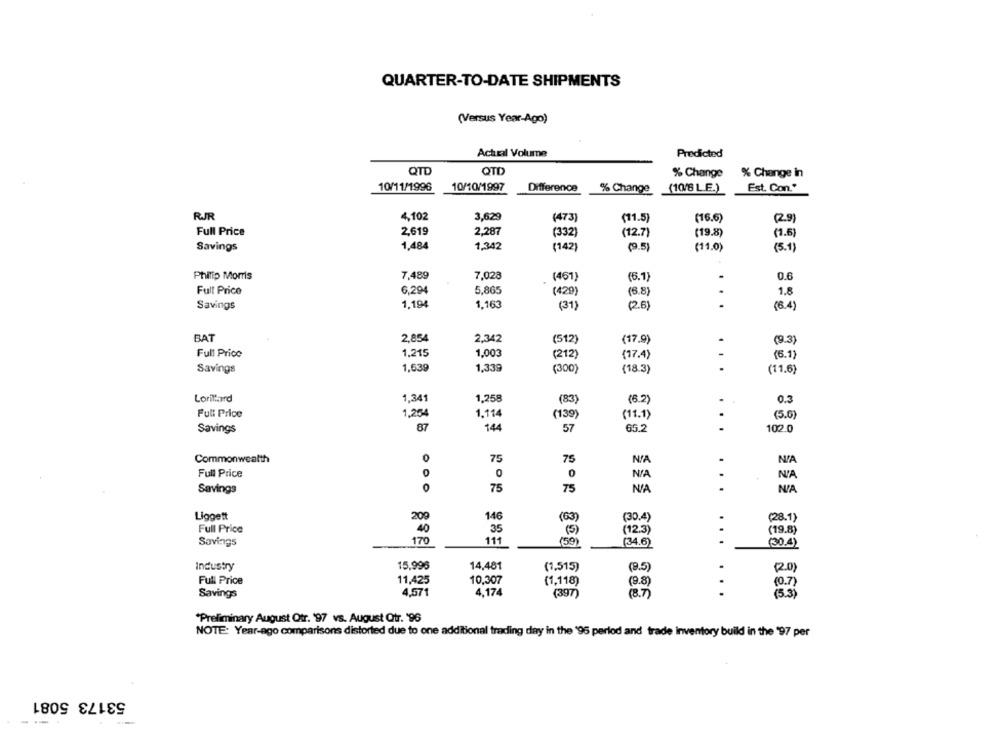
QUARTER-TO-DATE SHIPMENTS
(Versus Year-Ago)
Actual Volume
Predicted
QTD
QTD
% Change
% Change in
10/11/1996
10/10/1997
Difference
% Change
(10/8 L.E.)
Est. Con."
RIR
4,102
3,629
(473)
(11.5)
(16.6)
(2.9)
Full Price
2,619
2,287
(332)
(12.7)
(19.8)
(1.6)
Savings
1,484
1,342
(142)
(9.5)
(11.0)
(5.1)
Philip Morris
7,489
7,028
0.6
(461)
(6.1)
Full Price
6.294
5,865
1.8
(429)
(6.8)
. .
1,194
1.163
Savings
(31)
(2.6
(6.4)
BAT
2,854
2,342
(512)
(17.9)
(9.3)
Full Price
1.215
1.003
(212)
(17.4)
(6.1)
Savings
1,639
1,339
(300)
(18.3)
. ..
(11.6)
Lorittard
1,341
1.258
(83)
(6.2)
0.3
Full Price
1,254
1.114
(139)
(11.1)
(5.6)
Savings
87
144
57
65.2
102.0
Commonwealth
0
75
75
Full Price
0
0
0
..
N'A
Savings
0
75
75
NA
Liggett
209
146
(63)
(30.4)
(28.1)
Full Price
40
35
(5 )
(12.3)
(19.8)
170
111
(59)
Savings
(34.6)
(30.4)
15,996
Industry
14,481
(1,515)
(9.5)
.
(RO)
Full Price
11,425
10,307
(1,118)
(9.8)
.
(0.7)
4,571
4,174
(397)
.
Savings
(8.7)
(5.3)
*Preliminary August Ofr. 197 vs. August Qtr. '96
NOTE: Year-ago comparisons distorted due to one additional trading day in the '95 perlod and trade inventory build in the '97 per
53173 5081